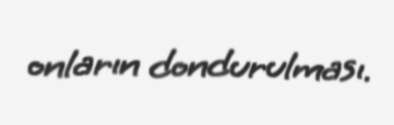
onların dondurulması.